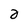
Character: 2